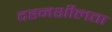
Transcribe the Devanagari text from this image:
दहनशीलता